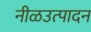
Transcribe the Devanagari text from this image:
नीळउत्पादन